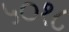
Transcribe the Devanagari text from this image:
५०१८